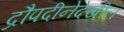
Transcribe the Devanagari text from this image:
द्रौपदीनेदेखील